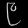
Digit: ၉